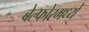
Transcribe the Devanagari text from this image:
बेल्फोरमध्ये